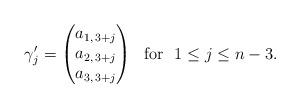
LaTeX: \begin{align*} \gamma_{j}'=\begin{pmatrix}a_{1,\,3+j}\\ a_{2,\,3+j} \\ a_{3,\,3+j} \end{pmatrix}\ \textrm{ for }\ 1\le j\le n-3.\end{align*}